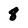
Character: 8